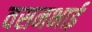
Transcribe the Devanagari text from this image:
वसनभाई